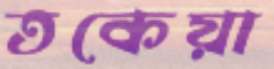
তকেয়া